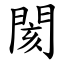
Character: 閡